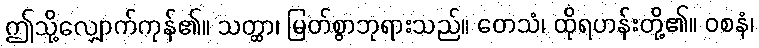
ဤသို့လျှောက်ကုန်၏။ သတ္ထာ၊ မြတ်စွာဘုရားသည်။ တေသံ၊ ထိုရဟန်းတို့၏။ ဝစနံ၊